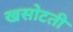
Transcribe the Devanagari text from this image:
खसोटती